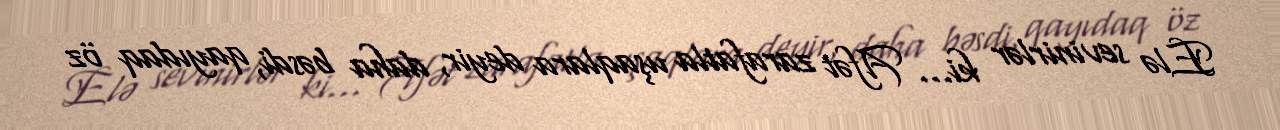
Elə sevinirlər ki... Afət zarafatla uşaqlara deyir, daha bəsdi, qayıdaq öz